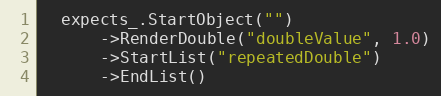
Language: C++
  expects_.StartObject("")
      ->RenderDouble("doubleValue", 1.0)
      ->StartList("repeatedDouble")
      ->EndList()